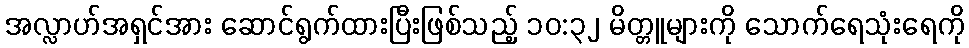
အလ္လာဟ်အရှင်အား ဆောင်ရွက်ထားပြီးဖြစ်သည့် ၁၀:၃၂ မိတ္တူများကို သောက်ရေသုံးရေကို